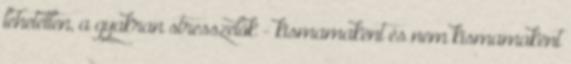
lehetetlen, a gyakran stresszelők - kismamaként és nem kismamaként